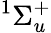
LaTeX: ^1\Sigma_{u}^{+}